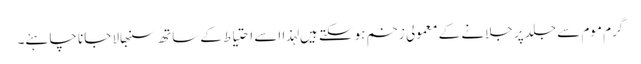
گرم موم سے جلد پر جلانے کے معمولی زخم ہوسکتے ہیں لہذا اسے احتیاط کے ساتھ سنبھالا جانا چاہئے۔